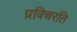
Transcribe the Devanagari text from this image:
प्रविचरति